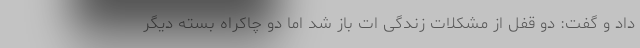
داد و گفت: دو قفل از مشکلات زندگی ات باز شد اما دو چاکراه بسته دیگر